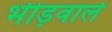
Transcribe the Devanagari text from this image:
भीड़वाले